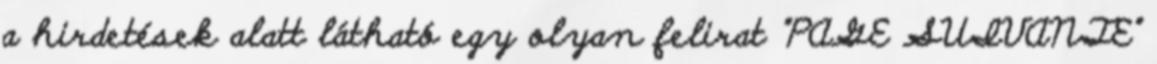
a hirdetések alatt látható egy olyan felirat "PAGE SUIVANTE"